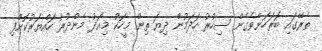
ތެރޭގައި ބަރަހަނާވެގެން ސިހުރު ހަދަމުން ދިޔަ ތިން މީހަކު މިއަދު މެންދުރު ހައްޔަރުކޮށްފި